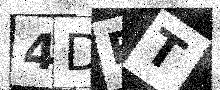
Text: 4DRT